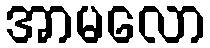
အာမလော